65_HS1-834228961_62-HQ-83894_Section_6
Agency: FBI
Page 157
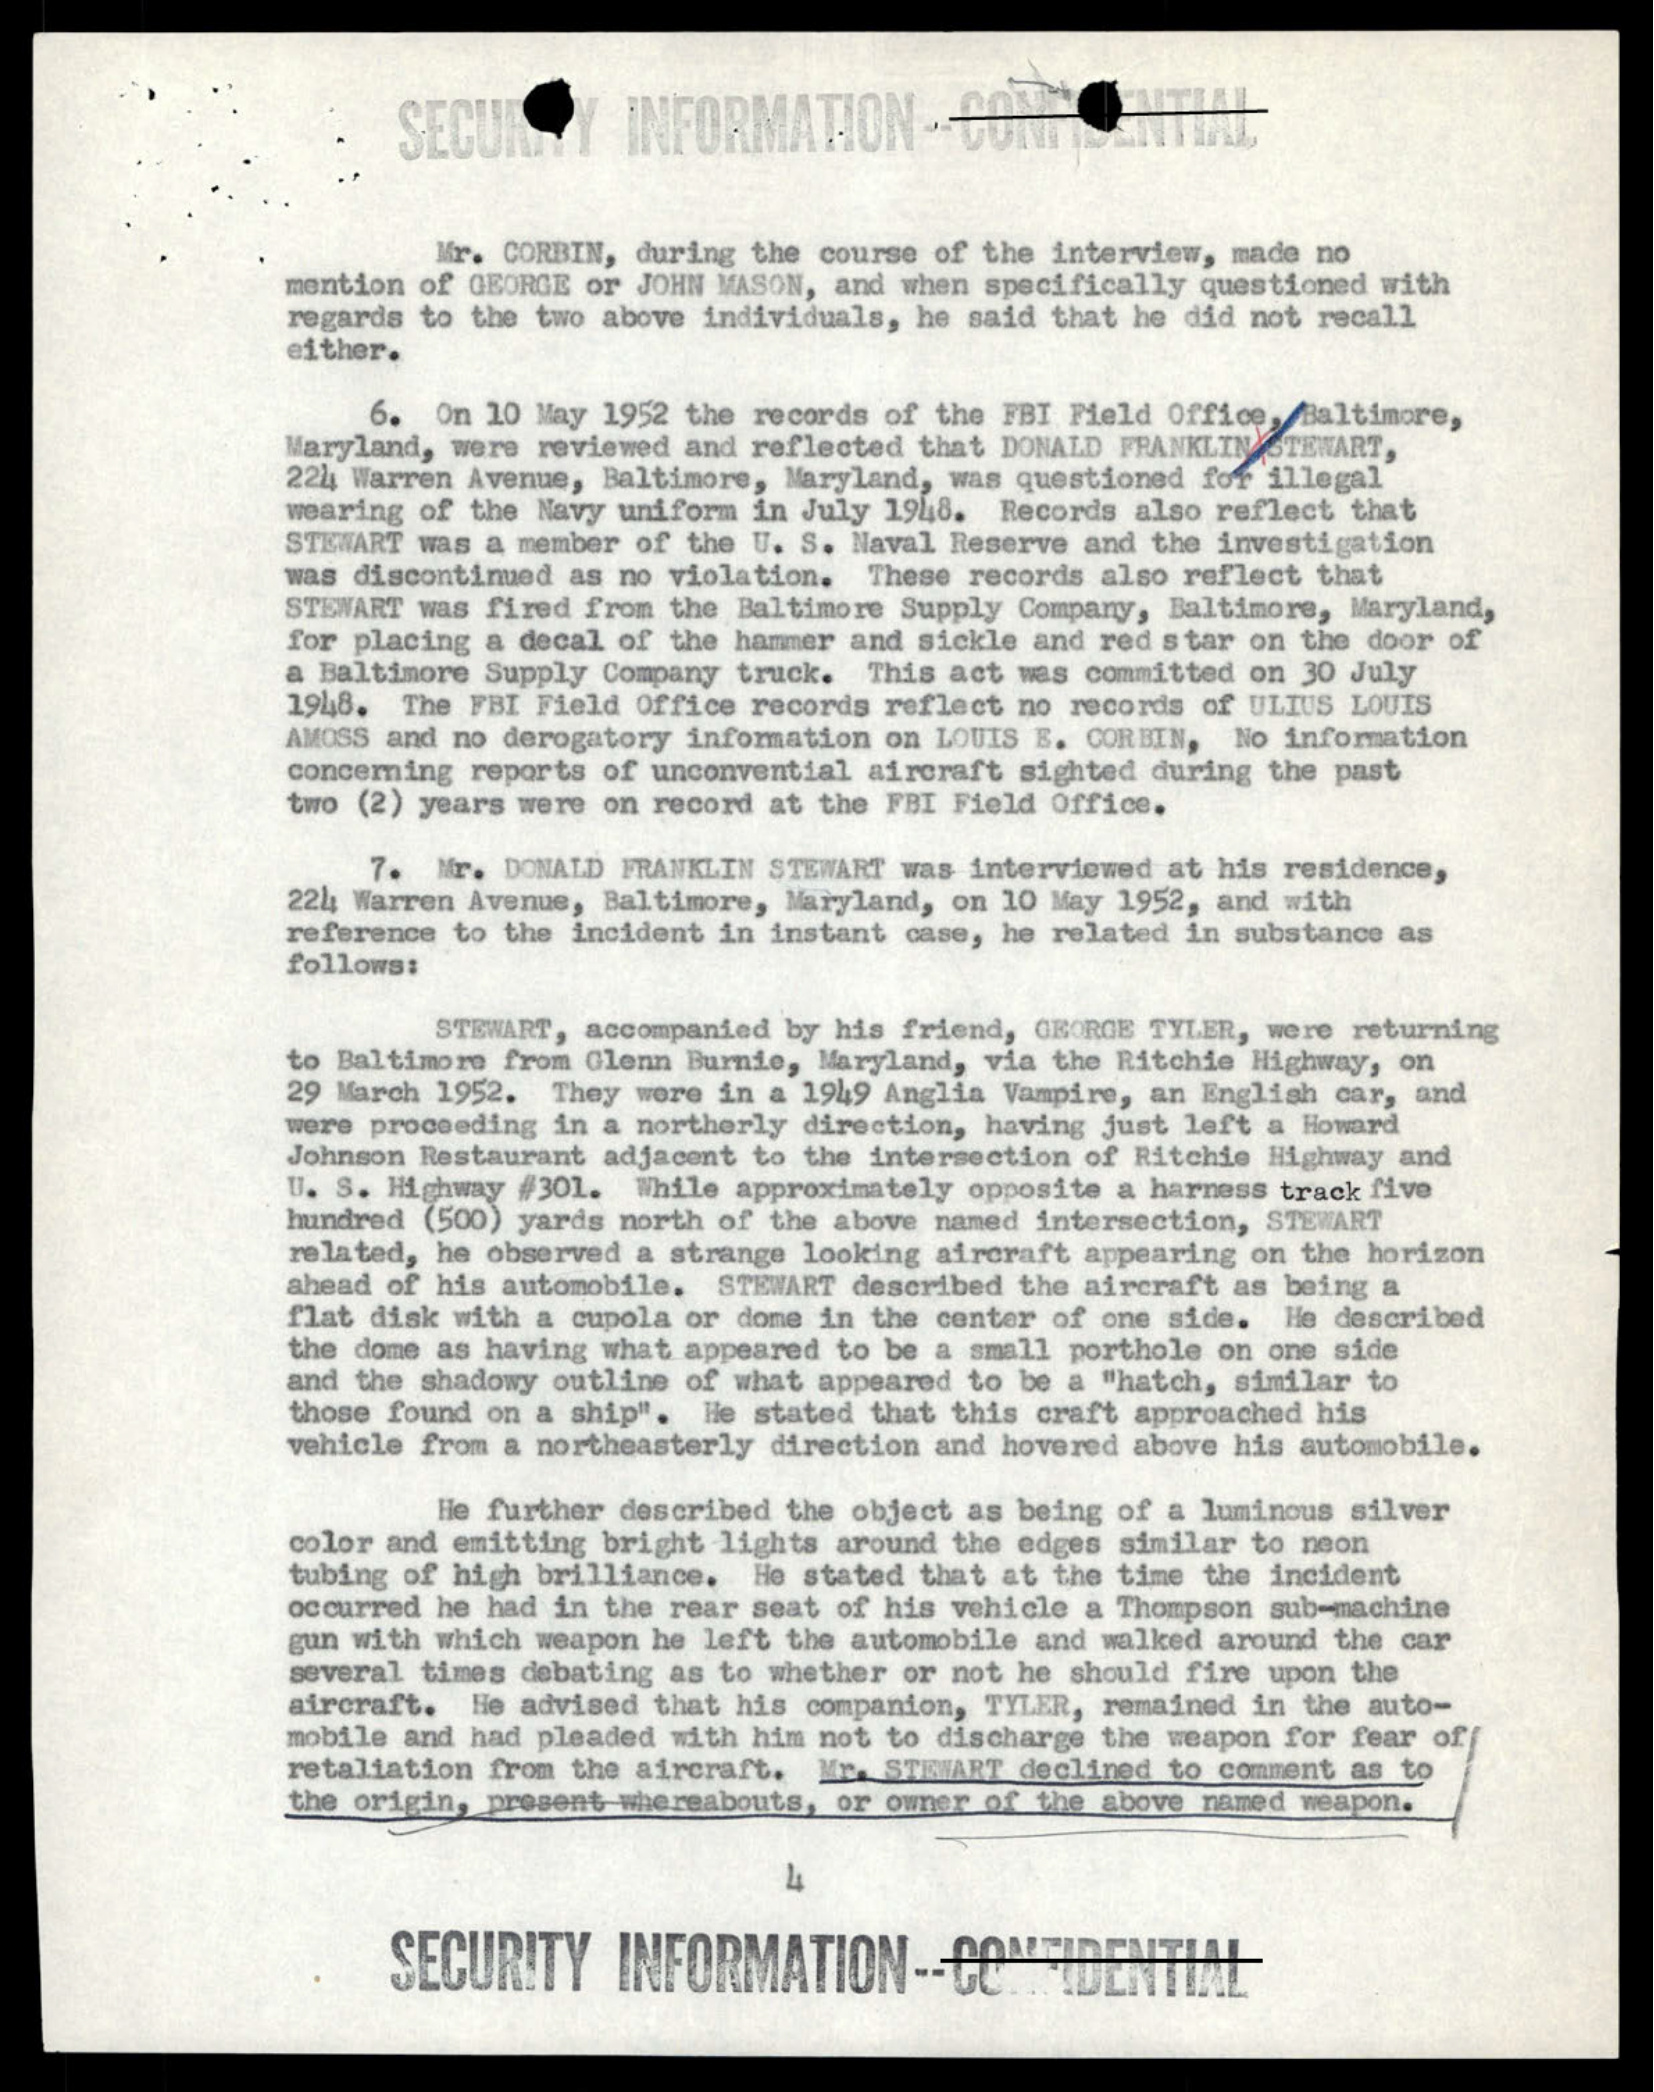